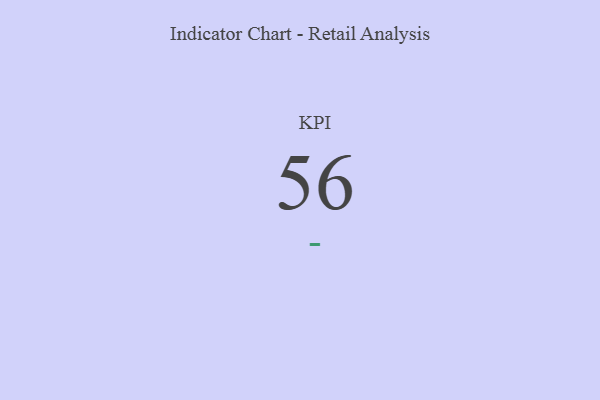
{"axis": {"x": "KPI", "y": "Value"}, "legend": [""], "data": [{"x": "KPI", "y": 56, "type": ""}]}